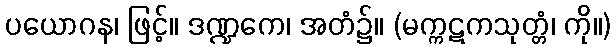
ပယောဂန၊ ဖြင့်။ ဒဏ္ဍကေ၊ အတံ၌။ (မက္ကဋကသုတ္တံ၊ ကို။)